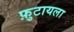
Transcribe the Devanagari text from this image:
फ़ुटायला